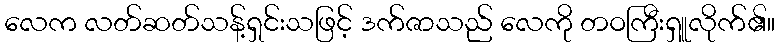
လေက လတ်ဆတ်သန့်ရှင်းသဖြင့် ဒက်ဇာသည် လေကို တဝကြီးရှူလိုက်၏။